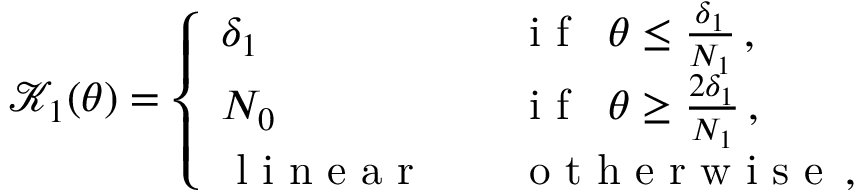
\begin{array} { r } { \mathscr { K } _ { 1 } ( \theta ) = \left\{ \begin{array} { l l } { \delta _ { 1 } } & { \quad \mathrm { ~ i ~ f ~ } \; \; \theta \leq \frac { \delta _ { 1 } } { N _ { 1 } } \, , } \\ { N _ { 0 } } & { \quad \mathrm { ~ i ~ f ~ } \; \; \theta \geq \frac { 2 \delta _ { 1 } } { N _ { 1 } } \, , } \\ { \mathrm { ~ l ~ i ~ n ~ e ~ a ~ r ~ } } & { \quad \mathrm { ~ o ~ t ~ h ~ e ~ r ~ w ~ i ~ s ~ e ~ } \, , } \end{array} \right. } \end{array}